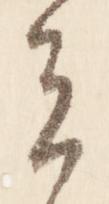
者